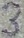
Text: 3